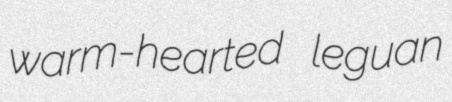
warm-hearted leguan